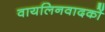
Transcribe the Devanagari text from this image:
वायलिनवादकों